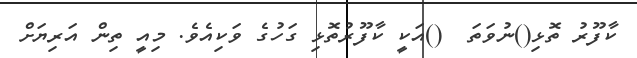
ކާފޫރު ތޮޅި()ނުވަތަ  ()އަކީ ކާފޫރުތޮޅި ގަހުގެ ވަކިއެވެ. މިއީ ތިން އަރިޔަށް